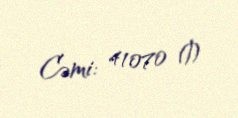
Cəmi: 41070 ₼